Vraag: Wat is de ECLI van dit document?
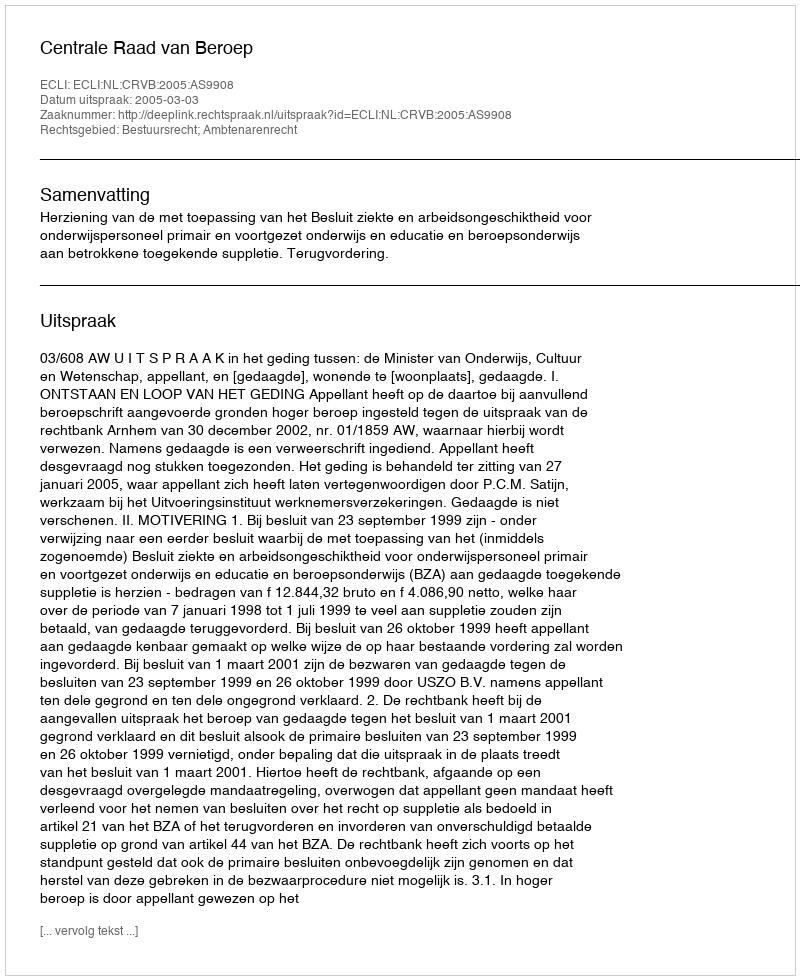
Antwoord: ECLI:NL:CRVB:2005:AS9908